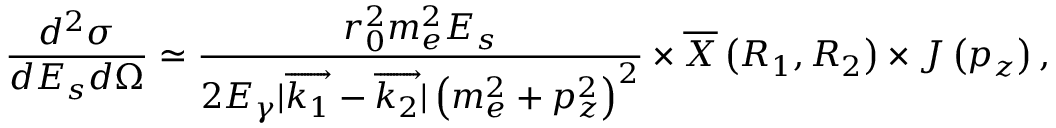
\frac { d ^ { 2 } \sigma } { d E _ { s } d \Omega } \simeq \frac { r _ { 0 } ^ { 2 } m _ { e } ^ { 2 } E _ { s } } { 2 E _ { \gamma } | \overrightarrow { k _ { 1 } } - \overrightarrow { k _ { 2 } } | \left( m _ { e } ^ { 2 } + p _ { z } ^ { 2 } \right) ^ { 2 } } \times \overline { { X } } \left( R _ { 1 } , R _ { 2 } \right) \times J \left( p _ { z } \right) ,